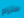
ملزم